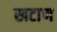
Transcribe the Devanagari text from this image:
खटाण